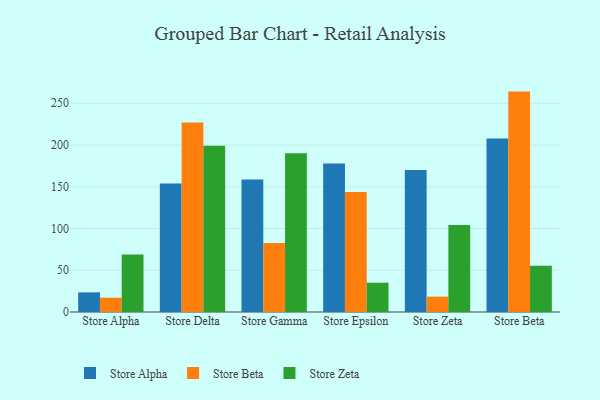
{"axis": {"x": "Store", "y": "Churn Rate (%)"}, "legend": ["Store Alpha", "Store Beta", "Store Zeta"], "data": [{"x": "Store Alpha", "y": 23.5, "type": "Store Alpha"}, {"x": "Store Alpha", "y": 17.1, "type": "Store Beta"}, {"x": "Store Alpha", "y": 68.8, "type": "Store Zeta"}, {"x": "Store Delta", "y": 153.8, "type": "Store Alpha"}, {"x": "Store Delta", "y": 226.9, "type": "Store Beta"}, {"x": "Store Delta", "y": 199.1, "type": "Store Zeta"}, {"x": "Store Gamma", "y": 158.6, "type": "Store Alpha"}, {"x": "Store Gamma", "y": 82.7, "type": "Store Beta"}, {"x": "Store Gamma", "y": 190.2, "type": "Store Zeta"}, {"x": "Store Epsilon", "y": 177.8, "type": "Store Alpha"}, {"x": "Store Epsilon", "y": 143.6, "type": "Store Beta"}, {"x": "Store Epsilon", "y": 35.1, "type": "Store Zeta"}, {"x": "Store Zeta", "y": 170.0, "type": "Store Alpha"}, {"x": "Store Zeta", "y": 18.4, "type": "Store Beta"}, {"x": "Store Zeta", "y": 104.3, "type": "Store Zeta"}, {"x": "Store Beta", "y": 207.8, "type": "Store Alpha"}, {"x": "Store Beta", "y": 264.0, "type": "Store Beta"}, {"x": "Store Beta", "y": 55.5, "type": "Store Zeta"}]}